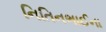
નિતિનભાઈના